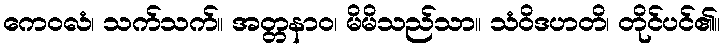
ကေဝလံ၊ သက်သက်။ အတ္တနာဝ၊ မိမိသည်သာ။ သံဝိဒဟတိ၊ တိုင်ပင်၏။